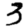
Digit: 3